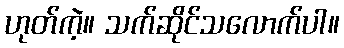
ဟုတ်ကဲ့။ သက်ဆိုင်သလောက်ပါ။